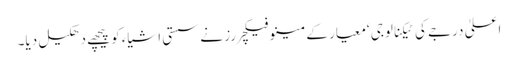
اعلیٰ درجے کی ٹیکنالوجی ‘معیار کے مینوفیکچررز نے سستی اشیاء کو پیچھے دھکیل دیا۔